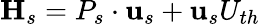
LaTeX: \mathbf{H}_{s}=P_{s}\cdot\mathbf{u}_{s}+\mathbf{u}_{s}U_{th}